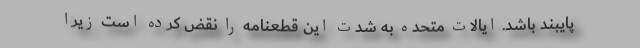
پایبند باشد. ایالات متحده به شدت این قطعنامه را نقض کرده است زیرا